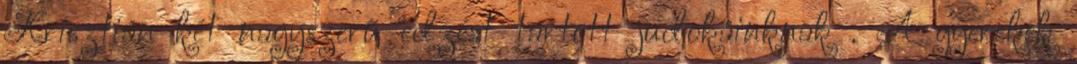
Krisztián két nagyszerű edzést tartott judokáinknak . A gyerekek